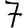
Digit: 7